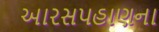
આરસપહાણના